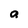
Character: a